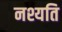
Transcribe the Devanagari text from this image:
नश्यति